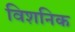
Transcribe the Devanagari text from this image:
विशनिक